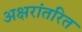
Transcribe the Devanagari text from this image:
अक्षरांतरित